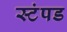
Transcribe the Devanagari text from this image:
स्टंपड